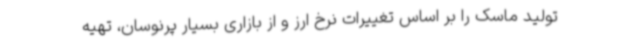
تولید ماسک را بر اساس تغییرات نرخ ارز و از بازاری بسیار پرنوسان، تهیه